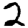
Digit: 2